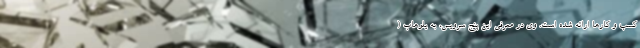
کسب و کارها ارائه شده است. وی در معرفی این پنج سرویس، به یلوهاب (